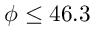
\phi \leq 4 6 . 3 \